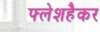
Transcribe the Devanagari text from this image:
फ्लेशहैकर